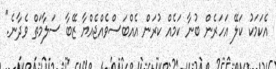
އެކަމަކު ކަލޭ އަހަރެން ބުނާ ކަމެއް ކުރަން އެއްބަސްވެއްޖެއްޔާ ޒޭބާ ސަލާމަތް ވެދާނެ."